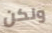
ولكن